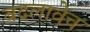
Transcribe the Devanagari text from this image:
बदलावेच